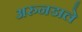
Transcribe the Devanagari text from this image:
अरुनडाले